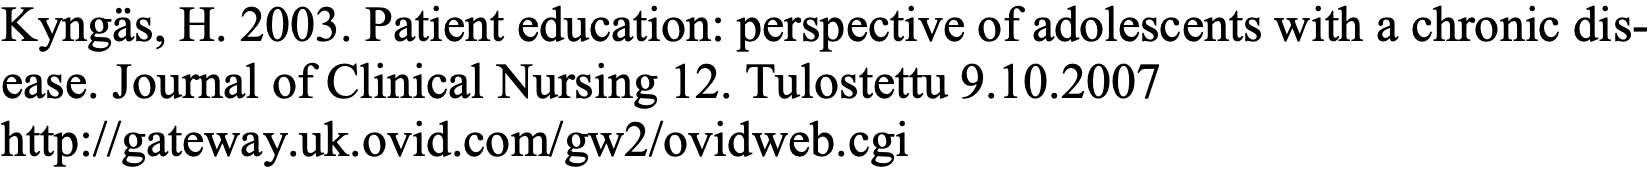
Kyngäs, H. 2003. Patient education: perspective of adolescents with a chronic dis- ease. Journal of Clinical Nursing 12. Tulostettu 9.10.2007 http://gateway.uk.ovid.com/gw2/ovidweb.cgi